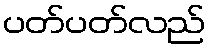
ပတ်ပတ်လည်